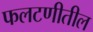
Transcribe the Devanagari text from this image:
फलटणीतील